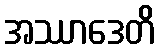
အဿာဒေတိ